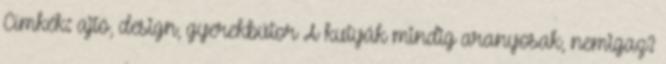
Címkék: ajtó, design, gyerekbútor A kutyák mindig aranyosak, nemigaz?